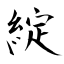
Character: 綻